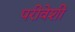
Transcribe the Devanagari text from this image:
परीवेशी